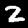
Label: 2